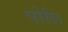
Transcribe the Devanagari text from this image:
पोलि